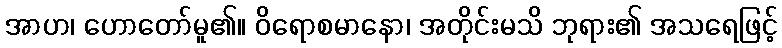
အာဟ၊ ဟောတော်မူ၏။ ဝိရောစမာနော၊ အတိုင်းမသိ ဘုရား၏ အသရေဖြင့်